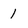
Character: 1